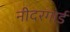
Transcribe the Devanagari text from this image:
नीदरगार्ड